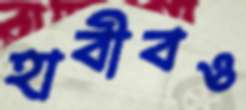
হাবীবও